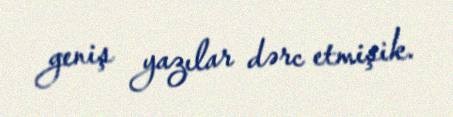
geniş yazılar dərc etmişik.